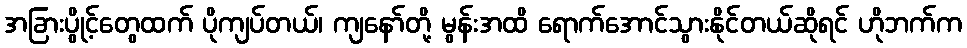
အခြားပွိုင့်တွေထက် ပိုကျပ်တယ်၊ ကျနော်တို့ မွန်းအထိ ရောက်အောင်သွားနိုင်တယ်ဆိုရင် ဟိုဘက်က